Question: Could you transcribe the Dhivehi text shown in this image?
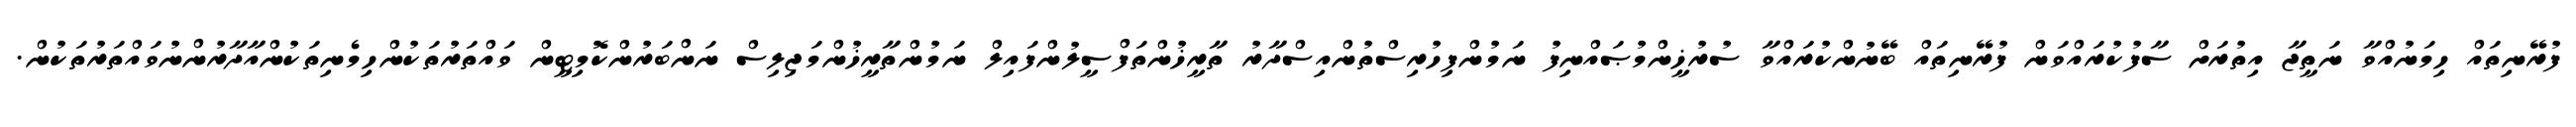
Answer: ފުރޭނިތައް ހިމަނުއްވާ ނަތީޖާ އިތުރަށް ސާފުކުރައްވަން ފުރޭނިތައް ބޭނުންކުރައްވާ ސުރުޚީންމުޞައްނިފު ނަމުންފިހުރިސްތުންއިސްދާރު ތާރީޚުންތަފްސީލުންފައިލް ނަމުންތާރީޚުންމަޖިލިސް ނަންބަރުންކޮމިޓީން ވައްތަރުތަކުންހިމެނިތަކުންއާދާރުންނުވައްތަރުތަކުން.